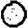
Digit: 0